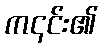
က၎င်း၏